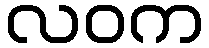
လဝက